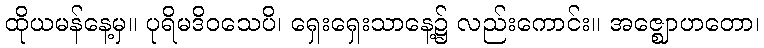
ထိုယမန်နေ့မှ။ ပုရိမဒိဝသေပိ၊ ရှေးရှေးသာနေ့၌ လည်းကောင်း။ အဇ္ဈောဟတော၊